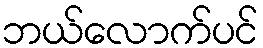
ဘယ်လောက်ပင်